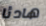
هادئا